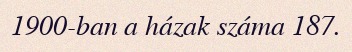
1900-ban a házak száma 187.